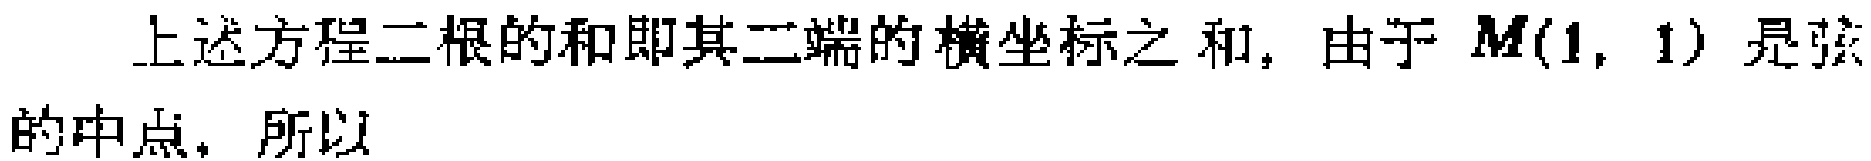
上述方程二根的和即其二端的横坐标之和, 由于 \(M(1, 1)\) 是弦的中点, 所以